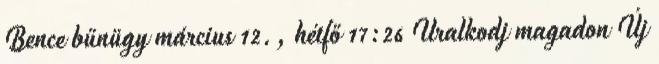
Bence bűnügy március 12., hétfő 17:26 Uralkodj magadon Új